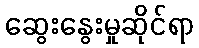
ဆွေးနွေးမှုဆိုင်ရာ